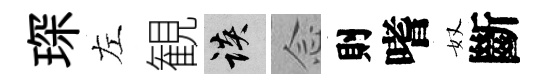
琛左観談𫝹則嗜奴斷